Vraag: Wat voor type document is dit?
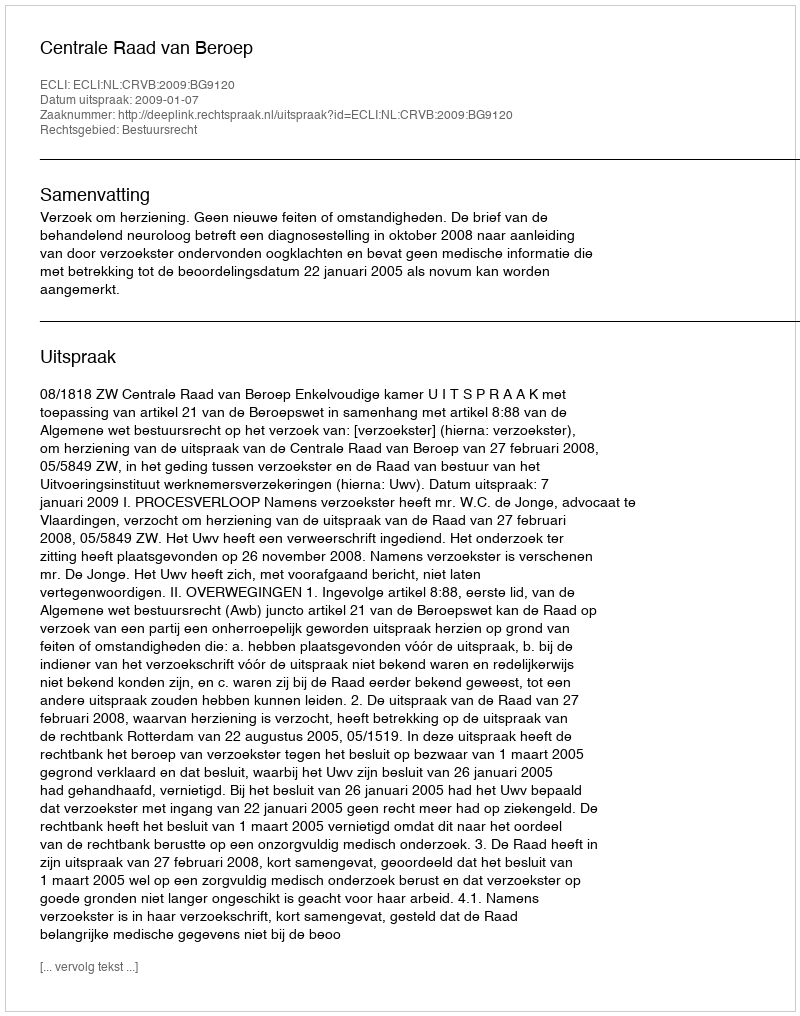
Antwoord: Uitspraak